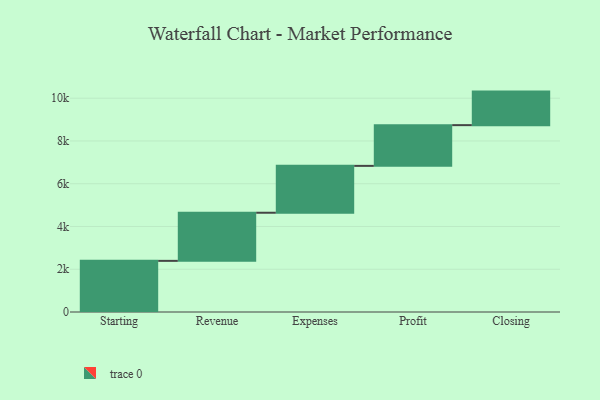
{"axis": {"x": "Step", "y": "Value"}, "legend": [""], "data": [{"x": "Starting", "y": 2392.0, "type": ""}, {"x": "Revenue", "y": 2251.0, "type": ""}, {"x": "Expenses", "y": 2192.0, "type": ""}, {"x": "Profit", "y": 1905.0, "type": ""}, {"x": "Closing", "y": 1569.0, "type": ""}]}